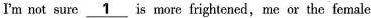
I'm not sure \underline{1} is more frightened,me or the female